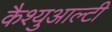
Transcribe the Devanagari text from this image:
कैश्युआल्टी